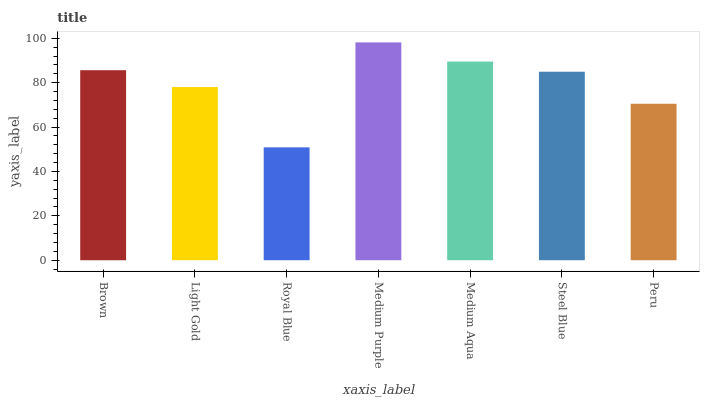
| xaxis_label | bars |
 | --- | --- |
 | Brown | 85.6 |
 | Light Gold | 78.1 |
 | Royal Blue | 50.9 |
 | Medium Purple | 98.2 |
 | Medium Aqua | 89.5 |
 | Steel Blue | 85 |
 | Peru | 70.5 |